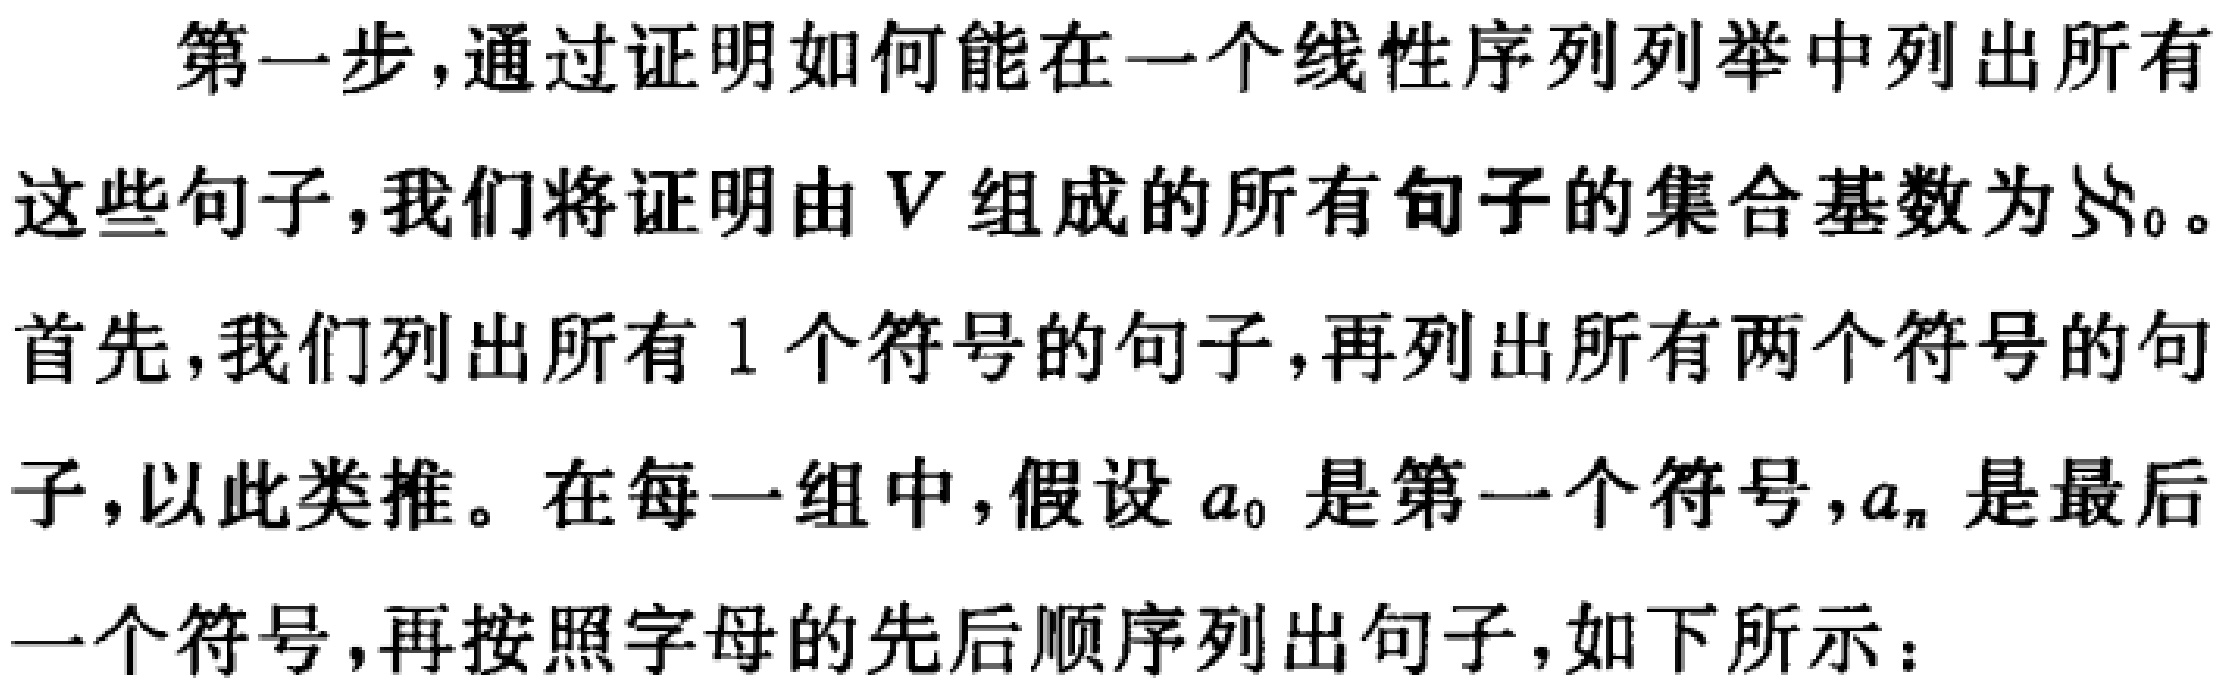
第一步，通过证明如何能在一个线性序列列举中列出所有
这些句子，我们将证明由 \(V\) 组成的所有句子的集合基数为 \(\aleph_0\)。
首先，我们列出所有 \(1\) 个符号的句子，再列出所有两个符号的句
子，以此类推。在每一组中，假设 \(a_0\) 是第一个符号，\(a_n\) 是最后
一个符号，再按照字母的先后顺序列出句子，如下所示：